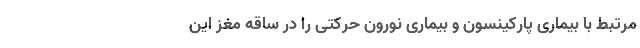
مرتبط با بیماری پارکینسون و بیماری نورون حرکتی را در ساقه مغز این